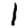
Digit: 1